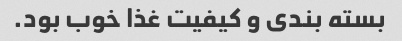
بسته بندی و کیفیت غذا خوب بود.